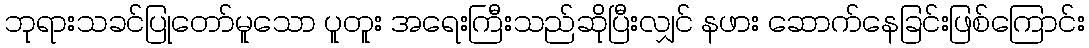
ဘုရားသခင်ပြုတော်မူသော ပူတူး အရေးကြီးသည်ဆိုပြီးလျှင် နဖား ဆောက်နေခြင်းဖြစ်ကြောင်း